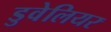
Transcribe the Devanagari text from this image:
डुवेलियर